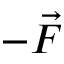
- \vec { F }